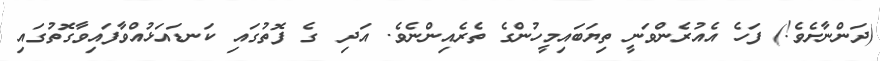
(ދަންނާށެވެ!) ފަހެ އެއުރެންވަނީ ތިޔަބައިމީހުންގެ ތެރެއިންނެވެ. އަދި  ގެ ފޮތުގައި ކަނޑައަޅުއްވާފައިވާގޮތުގައި